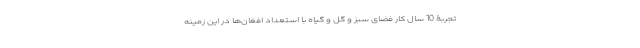
تجربۀ 10 سال کار فضای سبز و گل و گیاه با استعداد افغان‌ها در این زمینه